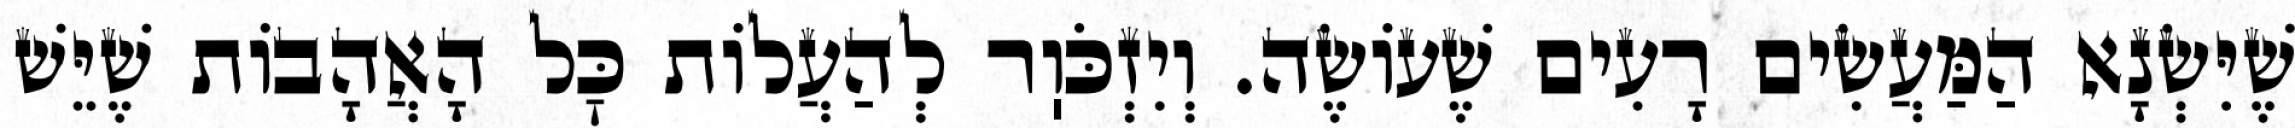
שֶׁיִּשְׂנָא הַמַּעֲשִׂים רָעִים שֶׁעוֹשֶׂה. וְיִזְכֹּוֽר לְהַעֲלוֹת כׇּל הָאֲהָבוֹת שֶׁיֵּשׁ